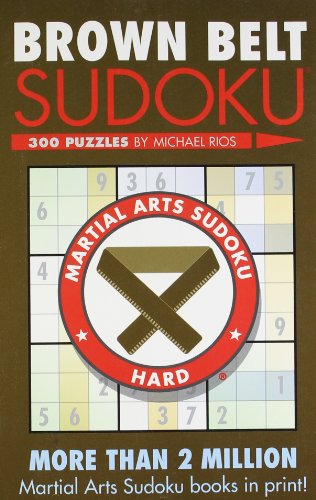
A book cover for Brown Belt SudokuÂ® (Martial Arts Puzzles Series); Michael Rios; Humor & Entertainment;